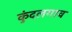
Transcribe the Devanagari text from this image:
कुंदलगाव